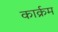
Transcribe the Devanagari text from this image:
कार्क्रम